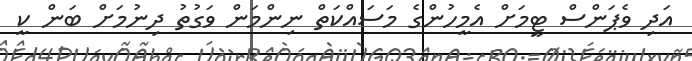
އަދި ވެޕަންސް ޓީމަށް އެމީހުންގެ މަސައްކަތް ނިންމަން ވަގުތު ދިނުމަށް ބަން ކީ